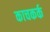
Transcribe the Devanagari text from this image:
काचकर्क